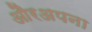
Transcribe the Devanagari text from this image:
औरअपना